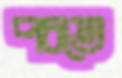
পচতে